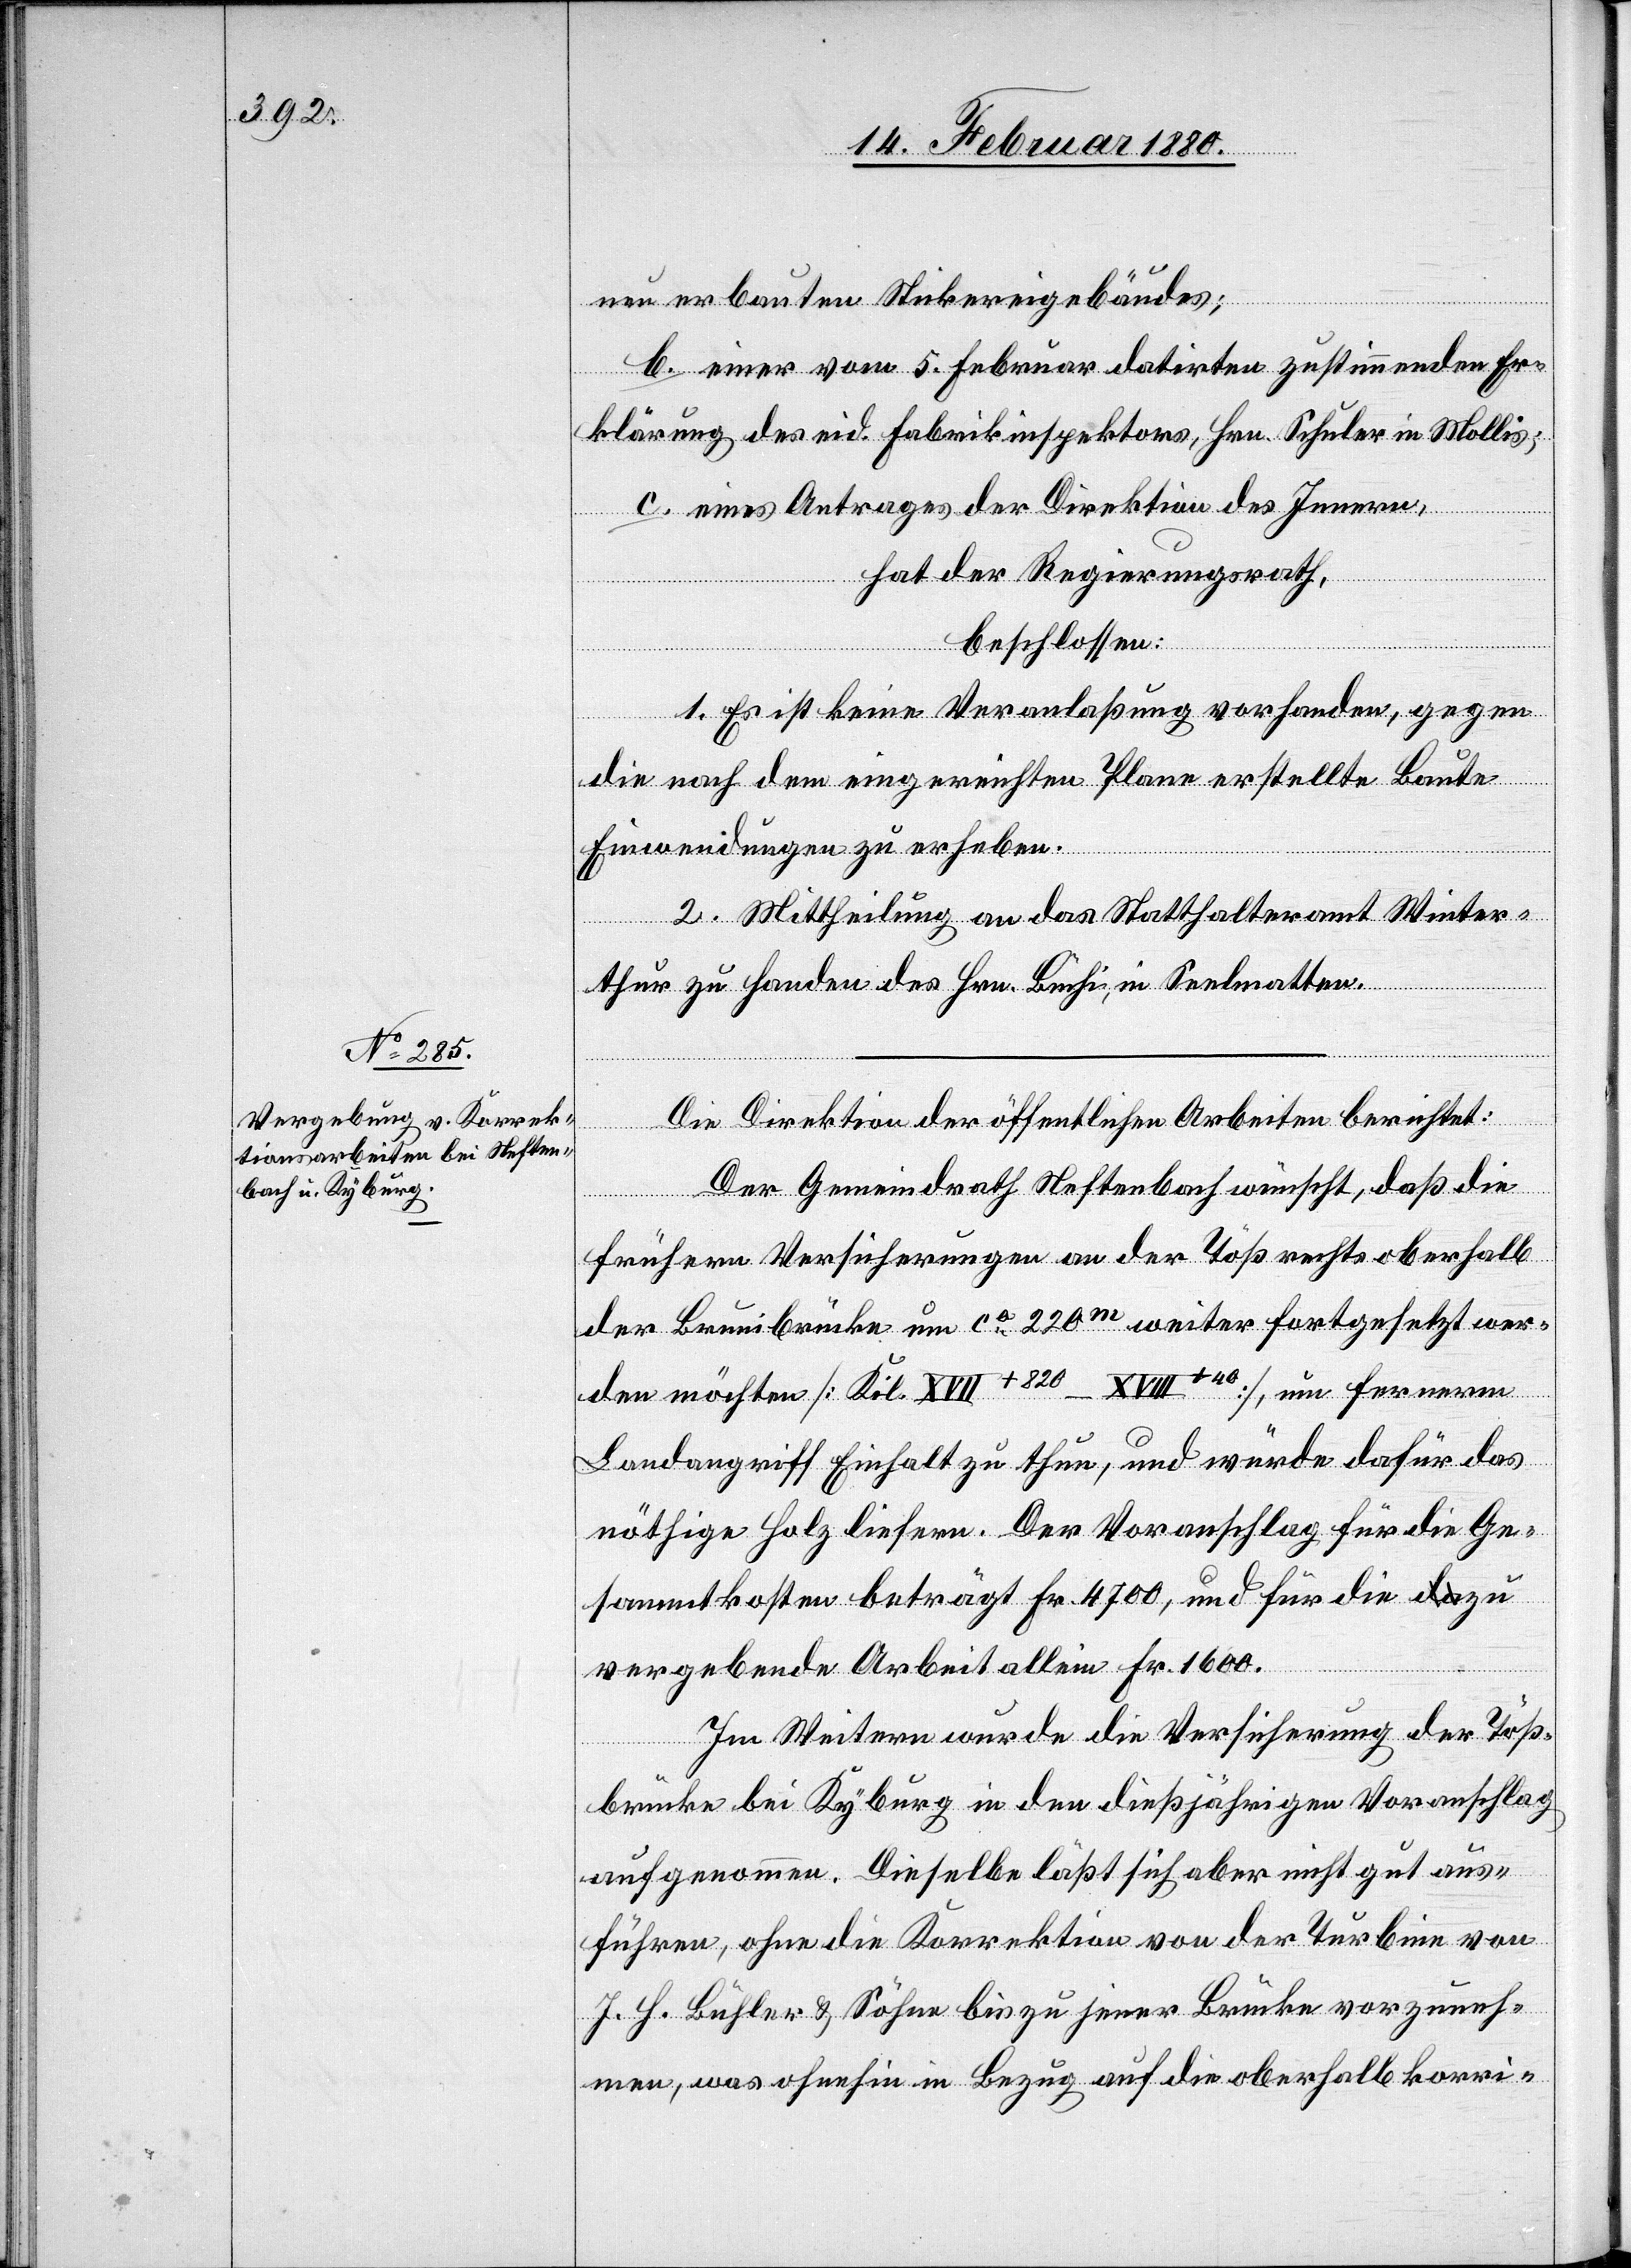
neu erbauten Stickereigebäudes;
b. einer vom 5. Februar datirten zustimmenden Er¬
klärung des eid. Fabrikinspektors, Hrn. Schuler in Mollis;
c. eines Antrages der Direktion des Innern,
hat der Regierungsrath,
beschlossen:
1. Es ist keine Veranlaßung vorhanden, gegen
die nach dem eingereichten Plane erstellte Baute
Einwendungen zu erheben.
2. Mittheilung an das Statthalteramt Winter¬
thur zu Handen des Hrn. Büchi, in Seelmatten.
Die Direktion der öffentlichen Arbeiten berichtet:
Der Gemeindrath Neftenbach wünscht, daß die
frühern Versicherungen an der Töß rechts oberhalb
der Brunibrücke um ca 220m weiter fortgesetzt wer¬
den möchten [Kil. XVII+280–XVIII+40], um fernern
Landangriff Einhalt zu thun, und würde dafür das
nöthige Holz liefern. Der Voranschlag für die Ge¬
sammtkosten beträgt Fr. 4700, und für die zu
vergebende Arbeit allein Fr. 1600.
Im Weitern wurde die Versicherung der Töß¬
brücke bei Kyburg in den dießjährigen Voranschlag
aufgenommen. Dieselbe läßt sich aber nicht gut aus¬
führen, ohne die Korrektion von der Turbine von
J. H. Bühler & Söhne bis zu jener Brücke vorzuneh¬
men, was ohnehin in Bezug auf die oberhalb korri-